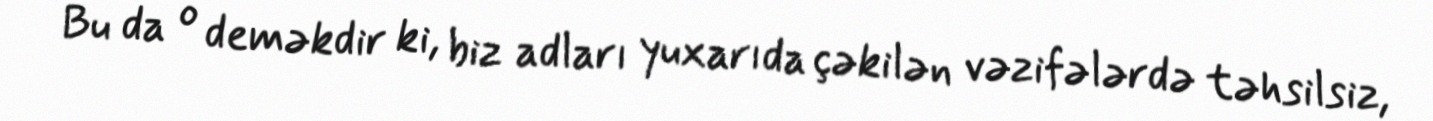
Bu da o deməkdir ki, biz adları yuxarıda çəkilən vəzifələrdə təhsilsiz,